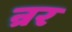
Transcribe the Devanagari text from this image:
न्रर